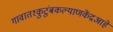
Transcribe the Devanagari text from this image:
गावात१कुटुंबकल्याणकेंद्रआहे